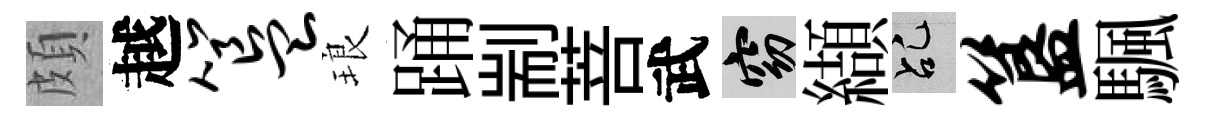
頗越簋琅踊剬菩武窈纈乩簋颿